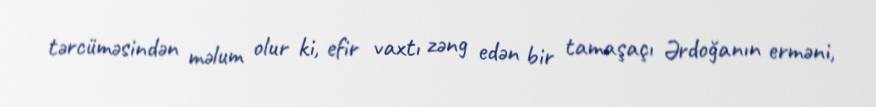
tərcüməsindən məlum olur ki, efir vaxtı zəng edən bir tamaşaçı Ərdoğanın erməni,